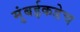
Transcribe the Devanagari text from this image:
मुंबईकडेच